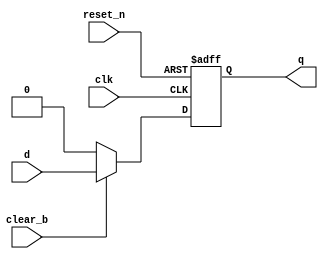
`timescale 1ns / 1ps
//////////////////////////////////////////////////////////////////////////////////
// Company: 
// Engineer: 
// 
// Design Name: 
// Module Name: d_ff_reset
// Project Name: 
// Target Devices: 
// Tool Versions: 
// Description: 
// 
// Dependencies: 
// 
// Revision:
// Revision 0.01 - File Created
// Additional Comments:
// 
//////////////////////////////////////////////////////////////////////////////////


module d_ff_reset(
    input clk,
    input d,
    input reset_n, // asynch
    input clear_b, //synch clear
    output  q
    );
    reg q_reg, q_next;
    always @ (negedge clk, negedge reset_n)
    begin
        if (!reset_n)
            q_reg <= 1'b0;
        else    
            q_reg<=q_next;
    end
    always @ (d,clear_b)
    begin
    q_next = q_reg;
        if(!clear_b)
            q_next =1'b0;
        else
            q_next = d;
    end
    assign q = q_reg;
    
    
endmodule